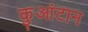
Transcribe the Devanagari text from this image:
कुआंटान